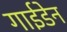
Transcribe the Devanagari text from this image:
गाईडेन